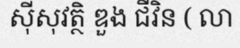
ស៊ីសុវត្ថិ ឌួង ជីវិន ( លា